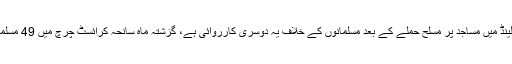
یاد رہے کہ نیوزی لینڈ میں مساجد پر مسلح حملے کے بعد مسلمانوں کے خلاف یہ دوسری کارروائی ہے، گزشتہ ماہ سانحہ کرائسٹ چرچ میں 49 مسلمان شہید ہوئے تھے۔